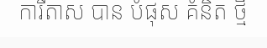
ការីតាស បាន បំផុស គំនិត ថ្មី